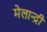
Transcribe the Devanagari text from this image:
मेलान्द्री